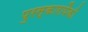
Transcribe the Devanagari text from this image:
पुरस्कारापैकी